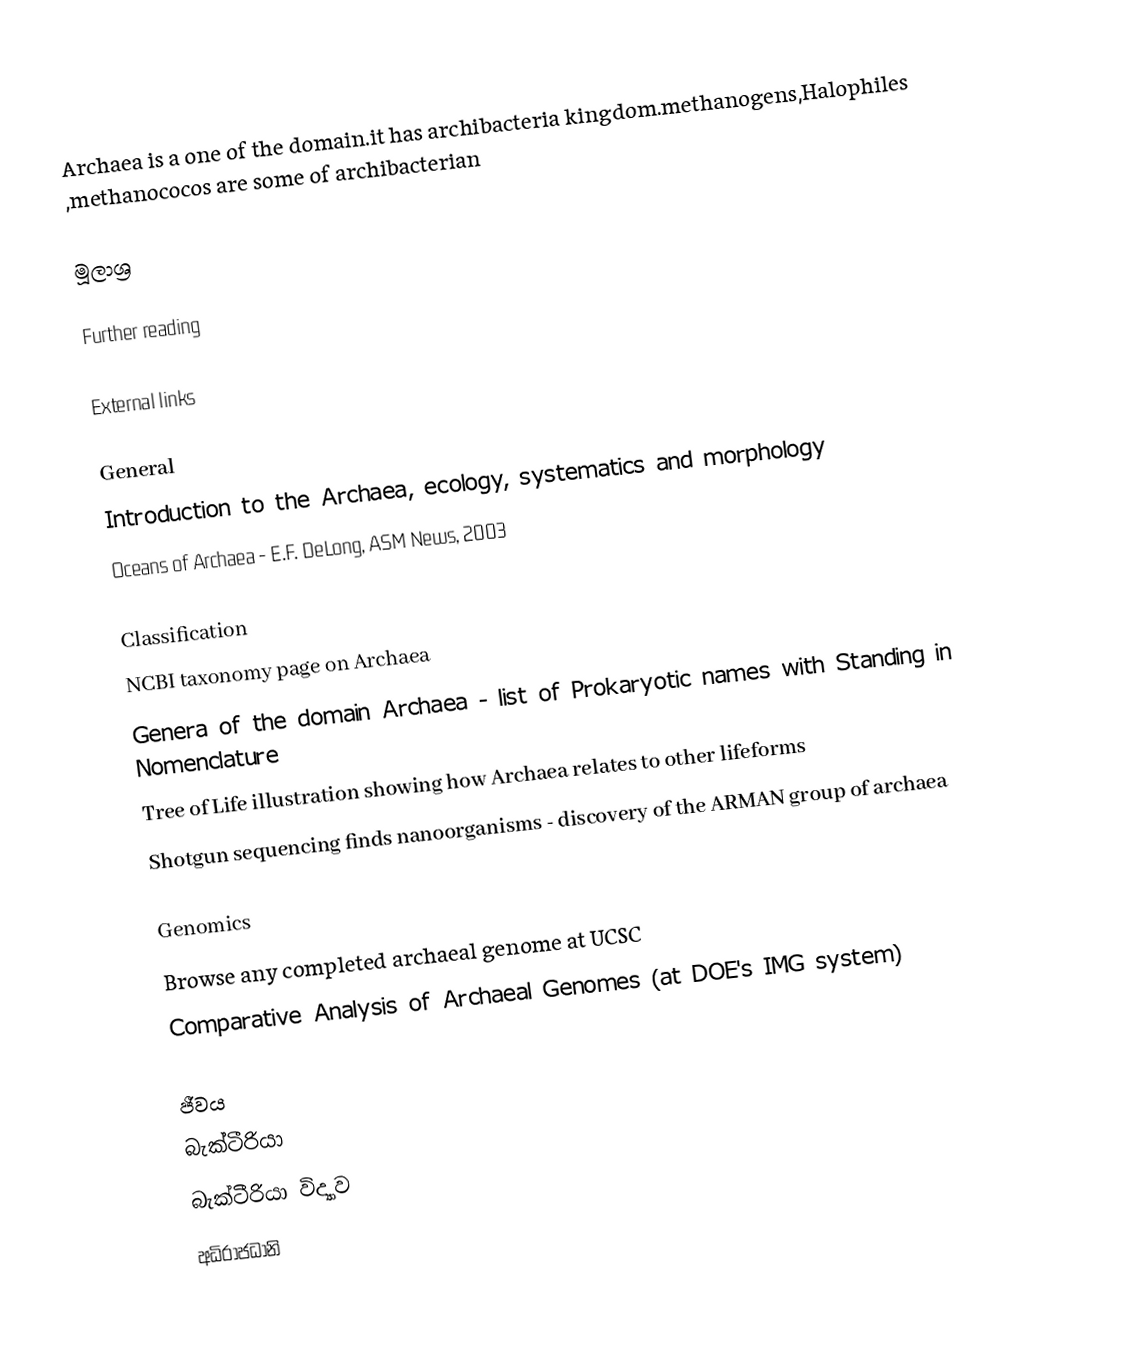
Archaea  is a one of the domain.it has archibacteria kingdom.methanogens,Halophiles ,methanococos are some of archibacterian

මූලාශ්‍ර

Further reading

External links

General
 Introduction to the Archaea, ecology, systematics and morphology
 Oceans of Archaea - E.F. DeLong, ASM News, 2003

Classification
 NCBI taxonomy page on Archaea
 Genera of the domain Archaea - list of Prokaryotic names with Standing in Nomenclature
 Tree of Life illustration showing how Archaea relates to other lifeforms
 Shotgun sequencing finds nanoorganisms - discovery of the ARMAN group of archaea

Genomics
 Browse any completed archaeal genome at UCSC
 Comparative Analysis of Archaeal Genomes (at DOE's IMG system)

ජීවය
බැක්ටීරියා
බැක්ටීරියා විද්‍යාව
අධිරාජධානි